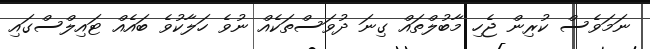
ނަމަވެސް ކުރިން ޖެހި މާބުލްތައް ގިނަ ދުވަސްތަކެއް ނުވެ ހަލާކުވެ ބައެއް ޓައިލްސްގައި